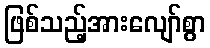
ဖြစ်သည့်အားလျော်စွာ